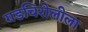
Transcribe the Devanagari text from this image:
गडचिरोलीला